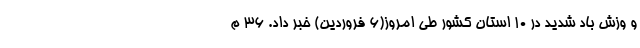
و وزش باد شدید در ۱۰ استان کشور طی امروز(۶ فروردین) خبر داد. ۳۶ م